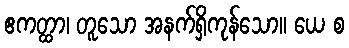
ဧကတ္ထာ၊ တူသော အနက်ရှိကုန်သော။ ယေ စ